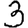
Digit: 3